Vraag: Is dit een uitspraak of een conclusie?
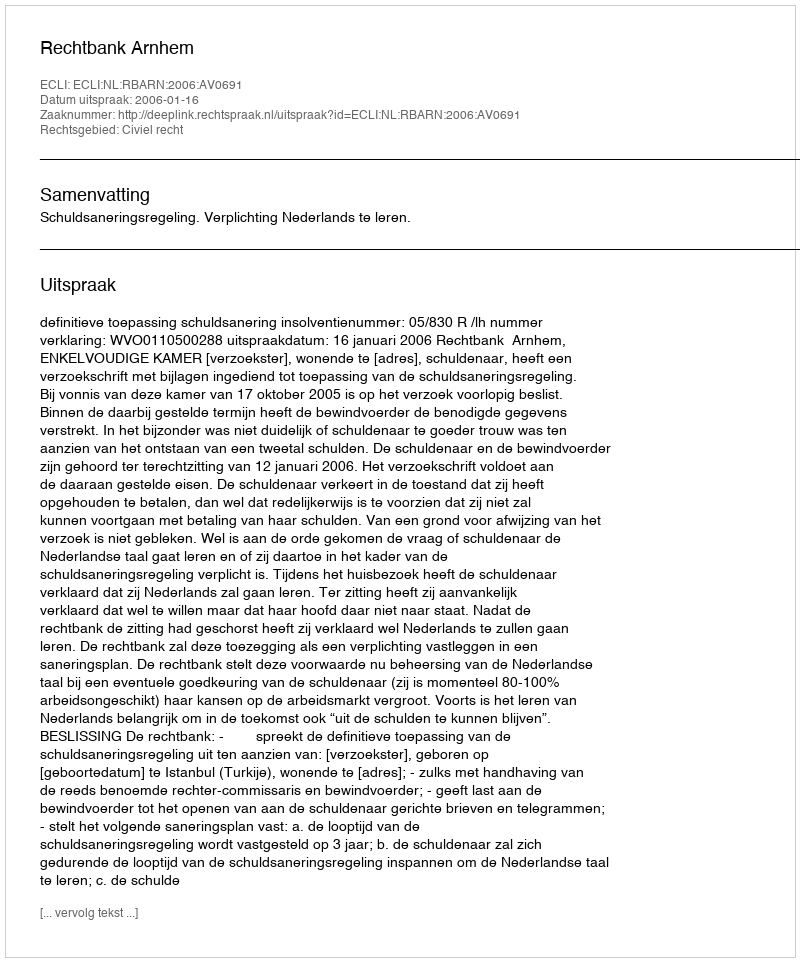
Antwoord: Uitspraak